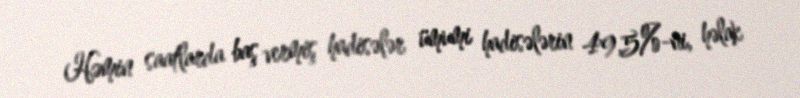
Həmin saatlarda baş vermiş hadisələr ümumi hadisələrin 49,5%-ni, həlak